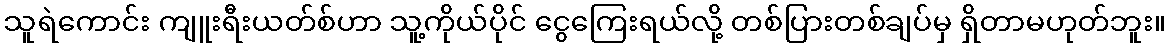
သူရဲကောင်း ကျူးရီးယတ်စ်ဟာ သူ့ကိုယ်ပိုင် ငွေကြေးရယ်လို့ တစ်ပြားတစ်ချပ်မှ ရှိတာမဟုတ်ဘူး။